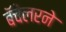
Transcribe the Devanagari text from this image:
बॅचेलरने